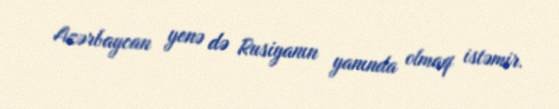
Azərbaycan yenə də Rusiyanın yanında olmaq istəmir.